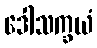
ဒေါသက္ခယံ